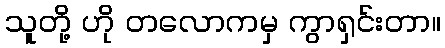
သူတို့ ဟို တလောကမှ ကွာရှင်းတာ။